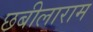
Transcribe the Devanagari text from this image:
छबीलाराम